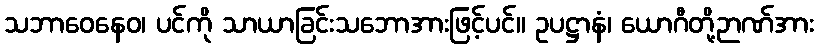
သဘာဝေနေဝ၊ ပင်ကို သာယာခြင်းသဘောအားဖြင့်ပင်။ ဥပဋ္ဌာနံ၊ ယောဂီတို့ဉာဏ်အား